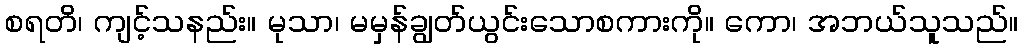
စရတိ၊ ကျင့်သနည်း။ မုသာ၊ မမှန်ချွတ်ယွင်းသောစကားကို။ ကော၊ အဘယ်သူသည်။